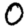
Digit: 0